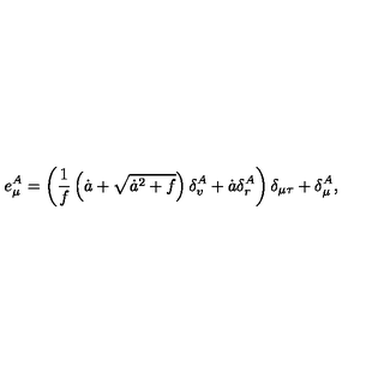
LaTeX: e _ { \mu } ^ { A } = \left( \frac { 1 } { f } \left( \dot { a } + \sqrt { \dot { a } ^ { 2 } + f } \right) \delta _ { v } ^ { A } + \dot { a } \delta _ { r } ^ { A } \right) \delta _ { \mu \tau } + \delta _ { \mu } ^ { A } ,